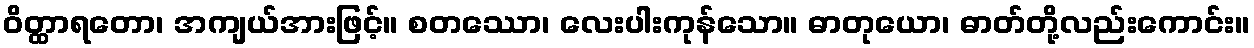
ဝိတ္ထာရတော၊ အကျယ်အားဖြင့်။ စတဿော၊ လေးပါးကုန်သော။ ဓာတုယော၊ ဓာတ်တို့လည်းကောင်း။